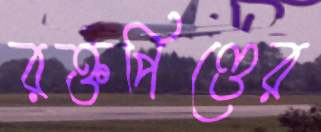
রক্তপিণ্ডের